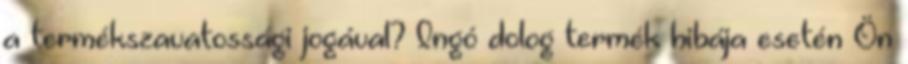
a termékszavatossági jogával? Ingó dolog termék hibája esetén Ön